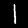
Digit: 1